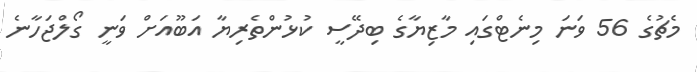
މެޗުގެ 56 ވަނަ މިނެޓްގައި މާޒިޔާގެ ބިދޭސީ ކުޅުންތެރިޔާ އަބޫއަށް ވަނީ ގޯލްޖަހާނެ